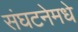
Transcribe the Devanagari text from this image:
संघटनेमधे